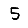
Digit: 5